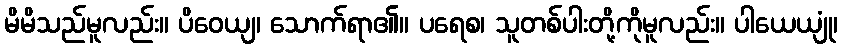
မိမိသည်မူလည်း။ ပိဝေယျ၊ သောက်ရာ၏။ ပရေစ၊ သူတစ်ပါးတို့ကိုမူလည်း။ ပါယေယျုံ၊